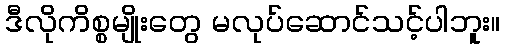
ဒီလိုကိစ္စမျိုးတွေ မလုပ်ဆောင်သင့်ပါဘူး။